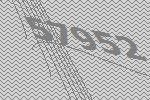
57952